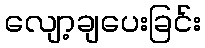
လျော့ချပေးခြင်း